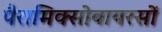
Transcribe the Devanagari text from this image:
पैरामिक्सोवायरसों